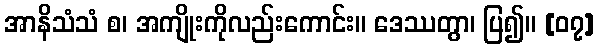
အာနိသံသံ စ၊ အကျိုးကိုလည်းကောင်း။ ဒေဿတွာ၊ ပြ၍။ [၀၇]